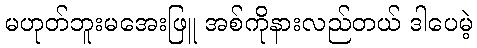
မဟုတ်ဘူးမအေးဖြူ အစ်ကိုနားလည်တယ် ဒါပေမဲ့